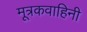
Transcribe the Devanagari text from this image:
मूत्रकवाहिनी